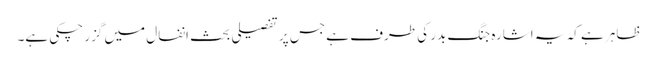
ظاہر ہے کہ یہ اشارہ جنگ بدر کی طرف ہے جس پر تفصیلی بحث انفال میں گزر چکی ہے۔